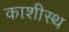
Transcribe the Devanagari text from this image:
काशीस्थ